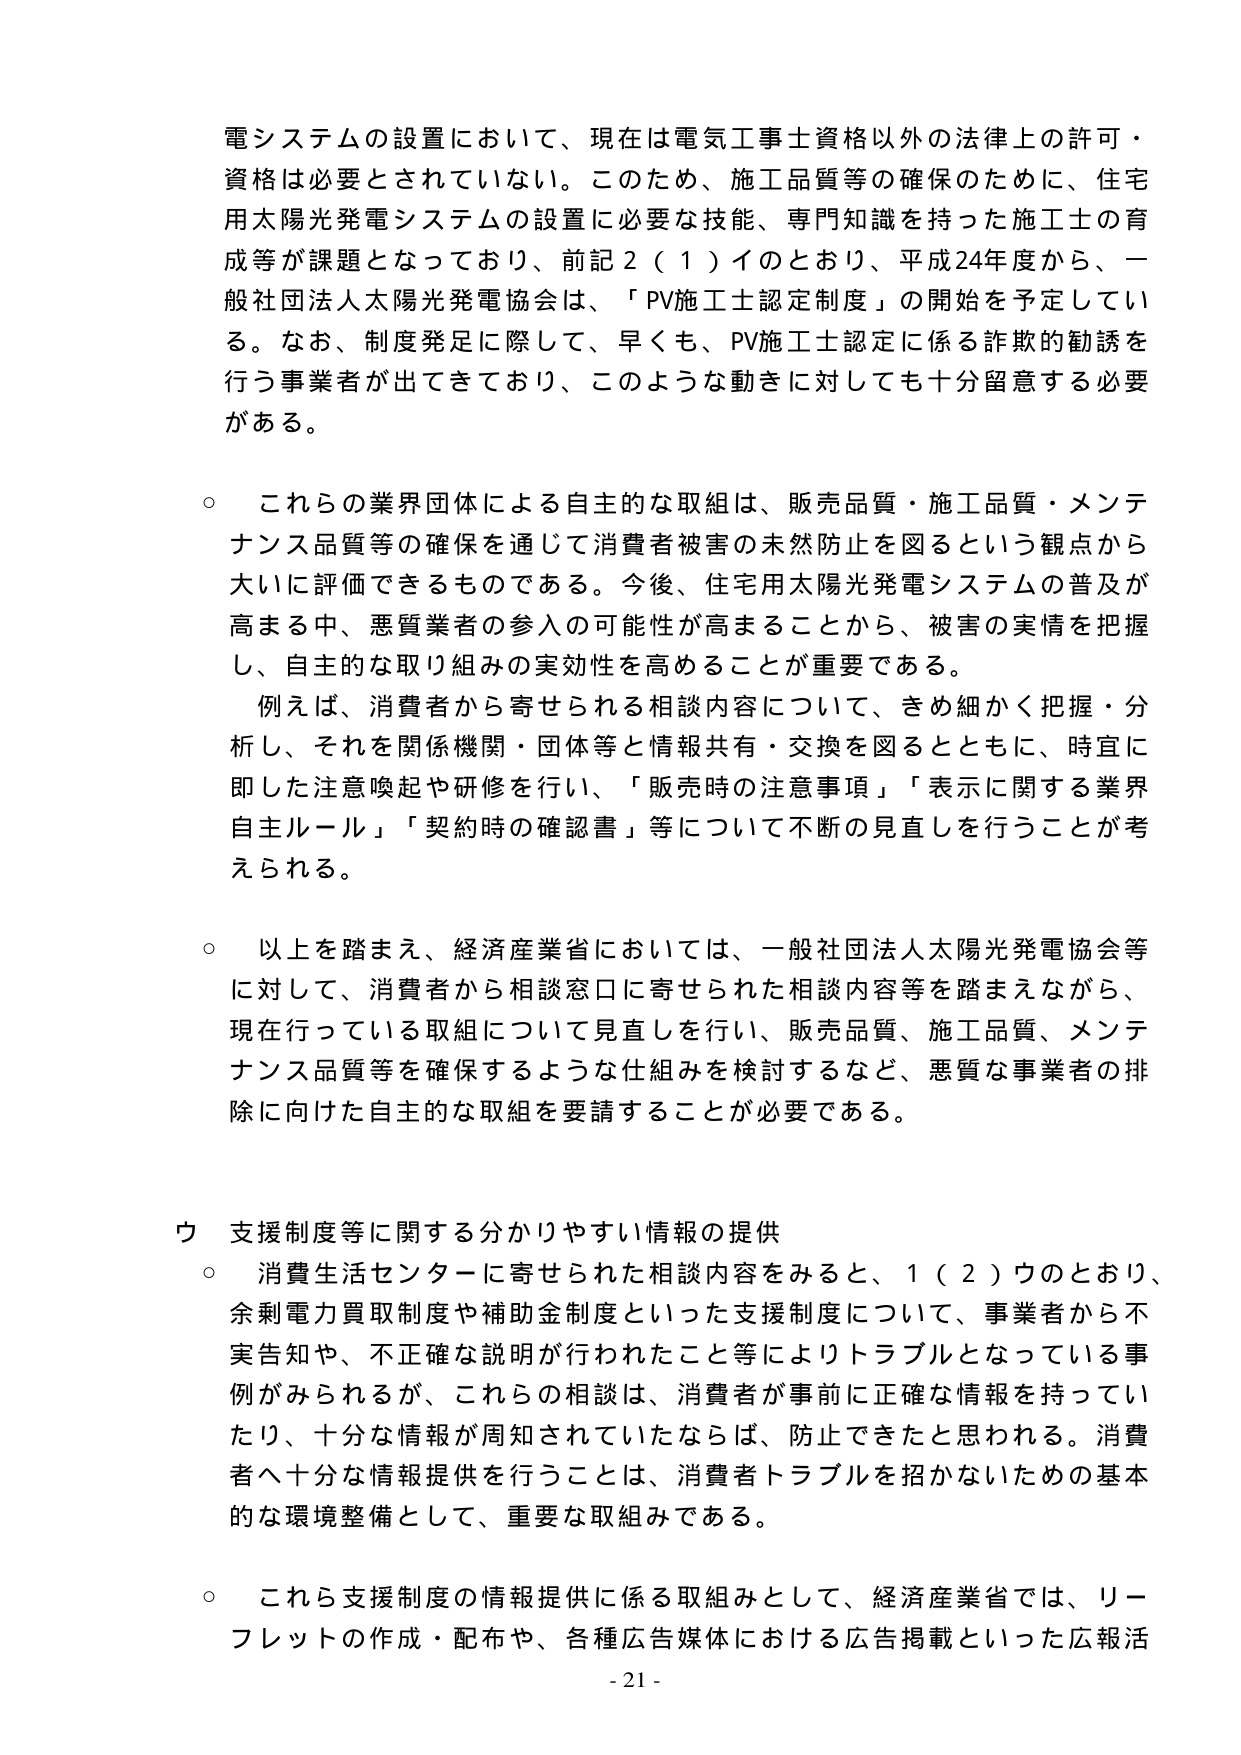
電システムの設置において、現在は電気工事士資格以外の法律上の許可・
資格は必要とされていない。このため、施工品質等の確保のために、住宅
用太陽光発電システムの設置に必要な技能、専門知識を持った施工士の育
成等が課題となっており、前記２（１）イのとおり、平成24年度から、一
般社団法人太陽光発電協会は、「PV施工士認定制度」の開始を予定してい
る。なお、制度発足に際して、早くも、PV施工士認定に係る詐欺的勧誘を
行う事業者が出てきており、このような動きに対しても十分留意する必要
がある。

○　これらの業界団体による自主的な取組は、販売品質・施工品質・メンテ
ナンス品質等の確保を通じて消費者被害の未然防止を図るという観点から
大いに評価できるものである。今後、住宅用太陽光発電システムの普及が
高まる中、悪質業者の参入の可能性が高まることから、被害の実情を把握
し、自主的な取り組みの実効性を高めることが重要である。
　　例えば、消費者から寄せられる相談内容について、きめ細かく把握・分
析し、それを関係機関・団体等と情報共有・交換を図るとともに、時宜に
即した注意喚起や研修を行い、「販売時の注意事項」「表示に関する業界
自主ルール」「契約時の確認書」等について不断の見直しを行うことが考
えられる。

○　以上を踏まえ、経済産業省においては、一般社団法人太陽光発電協会等
に対して、消費者から相談窓口に寄せられた相談内容等を踏まえながら、
現在行っている取組について見直しを行い、販売品質、施工品質、メンテ
ナンス品質等を確保するような仕組みを検討するなど、悪質な事業者の排
除に向けた自主的な取組を要請することが必要である。

ウ　支援制度等に関する分かりやすい情報の提供
○　消費生活センターに寄せられた相談内容をみると、１（２）ウのとおり、
余剰電力買取制度や補助金制度といった支援制度について、事業者から不
実告知や、不正確な説明が行われたこと等によりトラブルとなっている事
例がみられるが、これらの相談は、消費者が事前に正確な情報を持ってい
たり、十分な情報が周知されていたならば、防止できたと思われる。消費
者へ十分な情報提供を行うことは、消費者トラブルを招かないための基本
的な環境整備として、重要な取組みである。

○　これら支援制度の情報提供に係る取組みとして、経済産業省では、リー
フレットの作成・配布や、各種広告媒体における広告掲載といった広報活
- 21 -